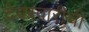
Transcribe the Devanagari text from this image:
देवस्वारीची